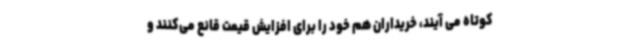
کوتاه می آیند، خریداران هم خود را برای‌ افزایش قیمت قانع می‌کنند و